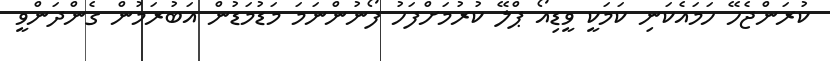
ކުރަންޖެހޭ ހަމައެކަނި ކަމަކީ ވީޑިއޯ ޕްލޭ ކުރުމަށްފަހު ފޯނުންނަމަ މަޑުމަޑުން އަބުރަމުން ގެންދަންވީ